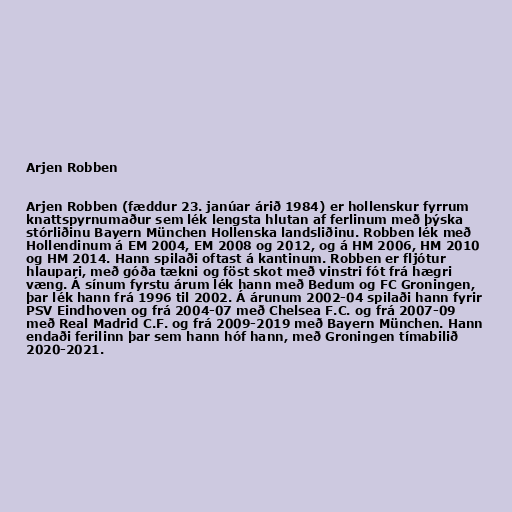
Arjen Robben

Arjen Robben (fæddur 23. janúar árið 1984) er hollenskur fyrrum
knattspyrnumaður sem lék lengsta hlutan af ferlinum með þýska
stórliðinu Bayern München Hollenska landsliðinu. Robben lék með
Hollendinum á EM 2004, EM 2008 og 2012, og á HM 2006, HM 2010
og HM 2014. Hann spilaði oftast á kantinum. Robben er fljótur
hlaupari, með góða tækni og föst skot með vinstri fót frá hægri
væng. Á sínum fyrstu árum lék hann með Bedum og FC Groningen,
þar lék hann frá 1996 til 2002. Á árunum 2002-04 spilaði hann fyrir
PSV Eindhoven og frá 2004-07 með Chelsea F.C. og frá 2007-09
með Real Madrid C.F. og frá 2009-2019 með Bayern München. Hann
endaði ferilinn þar sem hann hóf hann, með Groningen tímabilið
2020-2021.